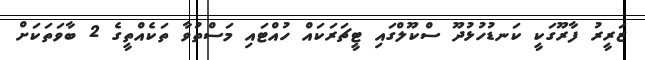
ޒަރީރު ފާރޫގަކީ ކަނޑުހުޅުދޫ ސްކޫލްގައި ޓީޗަރަކައް ހުއްޓައި މަސްތުވާ ތަކެއްތީގެ 2 ބާވަތަކަށް